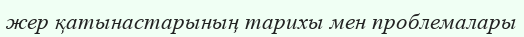
жер қатынастарының тарихы мен проблемалары